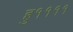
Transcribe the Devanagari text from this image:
हु११११